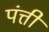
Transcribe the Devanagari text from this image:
पंत्ती